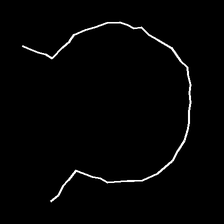
Glyph: weave